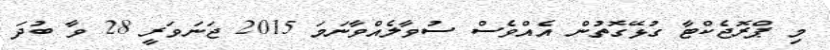
މި ޕްރޮޖެކްޓާ ގުޅޭގޮތުން އެއްވެސް ސުވާލެއްވާނަމަ 2015 ޖަނަވަރީ 28 ވާ ބުދަ